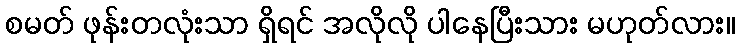
စမတ် ဖုန်းတလုံးသာ ရှိရင် အလိုလို ပါနေပြီးသား မဟုတ်လား။